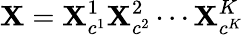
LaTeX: \mathbf{X}=\mathbf{X}_{c^{1}}^{1}\mathbf{X}_{c^{2}}^{2}\cdots\mathbf{X}_{c^{K}}^{K}